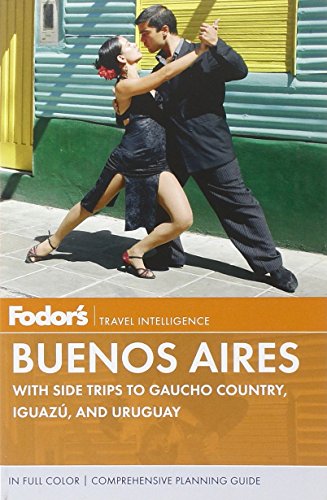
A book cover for Fodor's Buenos Aires: With Side Trips to Gaucho Country, Iguazu, and Uruguay (Full-color Travel Guide); Fodor's; Travel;